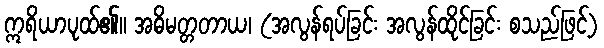
ဣရိယာပုထ်၏။ အဓိမတ္တတာယ၊ (အလွန်ရပ်ခြင်း အလွန်ထိုင်ခြင်း စသည်ဖြင့်)